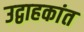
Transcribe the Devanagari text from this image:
उद्वाहकांत